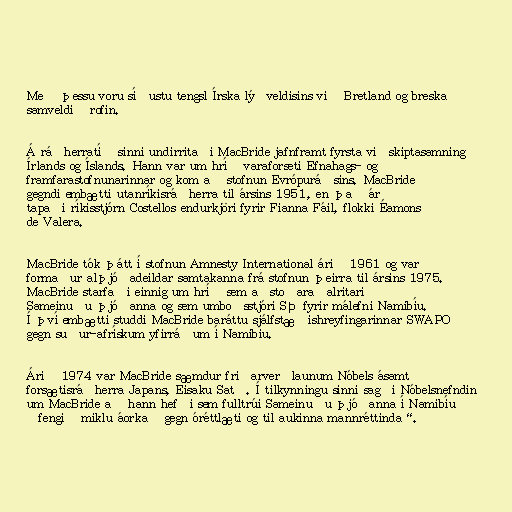
Með þessu voru síðustu tengsl Írska lýðveldisins við Bretland og breska
samveldið rofin.

Á ráðherratíð sinni undirritaði MacBride jafnframt fyrsta viðskiptasamning
Írlands og Íslands. Hann var um hríð varaforseti Efnahags- og
framfarastofnunarinnar og kom að stofnun Evrópuráðsins. MacBride
gegndi embætti utanríkisráðherra til ársins 1951, en það ár
tapaði ríkisstjórn Costellos endurkjöri fyrir Fianna Fáil, flokki Éamons
de Valera.

MacBride tók þátt í stofnun Amnesty International árið 1961 og var
formaður alþjóðadeildar samtakanna frá stofnun þeirra til ársins 1975.
MacBride starfaði einnig um hríð sem aðstoðaraðalritari
Sameinuðu þjóðanna og sem umboðsstjóri SÞ fyrir málefni Namibíu.
Í því embætti studdi MacBride baráttu sjálfstæðishreyfingarinnar SWAPO
gegn suður-afrískum yfirráðum í Namibíu.

Árið 1974 var MacBride sæmdur friðarverðlaunum Nóbels ásamt
forsætisráðherra Japans, Eisaku Satō. Í tilkynningu sinni sagði Nóbelsnefndin
um MacBride að hann hefði sem fulltrúi Sameinuðu þjóðanna í Namibíu
„fengið miklu áorkað gegn óréttlæti og til aukinna mannréttinda“.